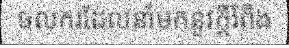
ចលករដែលនាំមកនូវក្តីរំពឹង